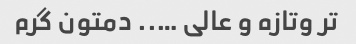
تر وتازه و عالی ….. دمتون گرم